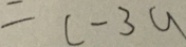
= c - 3 a